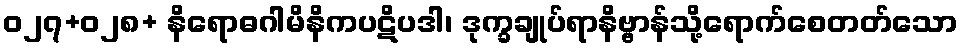
ဝ၂၇+၀၂၈+ နိရောဓဂါမိနိကပဋိပဒါ၊ ဒုက္ခချုပ်ရာနိဗ္ဗာန်သို့ရောက်စေတတ်သော